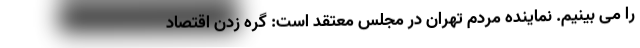
را می بینیم. نماینده مردم تهران در مجلس معتقد است: گره زدن اقتصاد